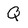
Character: Q